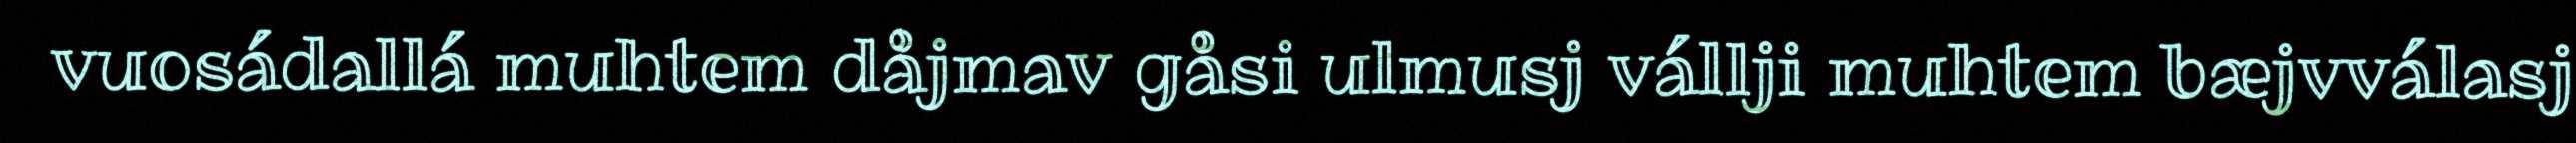
vuosádallá muhtem dåjmav gåsi ulmusj vállji muhtem bæjvválasj